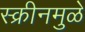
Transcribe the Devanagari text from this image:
स्क्रीनमुळे